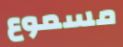
مسموع